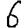
Digit: 6